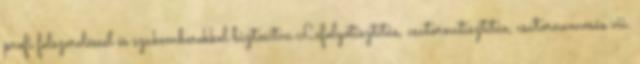
profi felszereléssel és szakemberekkel biztosítva Lefolyótisztítás, csatornatisztítás, csatornamosás vii.